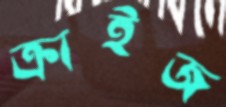
ক্রাইজ